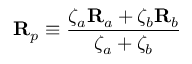
\mathbf { R } _ { p } \equiv \frac { \zeta _ { a } \mathbf { R } _ { a } + \zeta _ { b } \mathbf { R } _ { b } } { \zeta _ { a } + \zeta _ { b } }